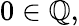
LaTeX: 0\in\mathbb{Q},